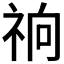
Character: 𰧽